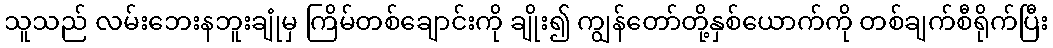
သူသည် လမ်းဘေးနဘူးချုံမှ ကြိမ်တစ်ချောင်းကို ချိုး၍ ကျွန်တော်တို့နှစ်ယောက်ကို တစ်ချက်စီရိုက်ပြီး